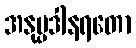
အနုပ္ပဒါနရတော